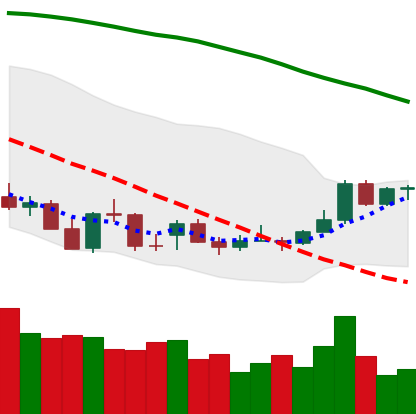
Ticker: ADA-USD
Chart end date: 2021-12-26
Forward return: -10.016%
Label: down_7plus